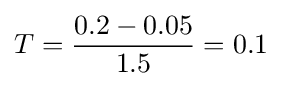
T={\frac {0.2-0.05}{1.5}}=0.1